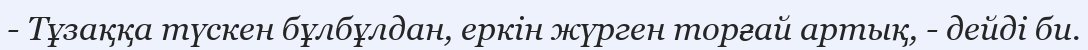
- Тұзаққа түскен бұлбұлдан, еркін жүрген торғай артық, - дейді би.